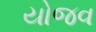
યોજવ